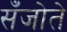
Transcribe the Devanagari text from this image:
सँजोते